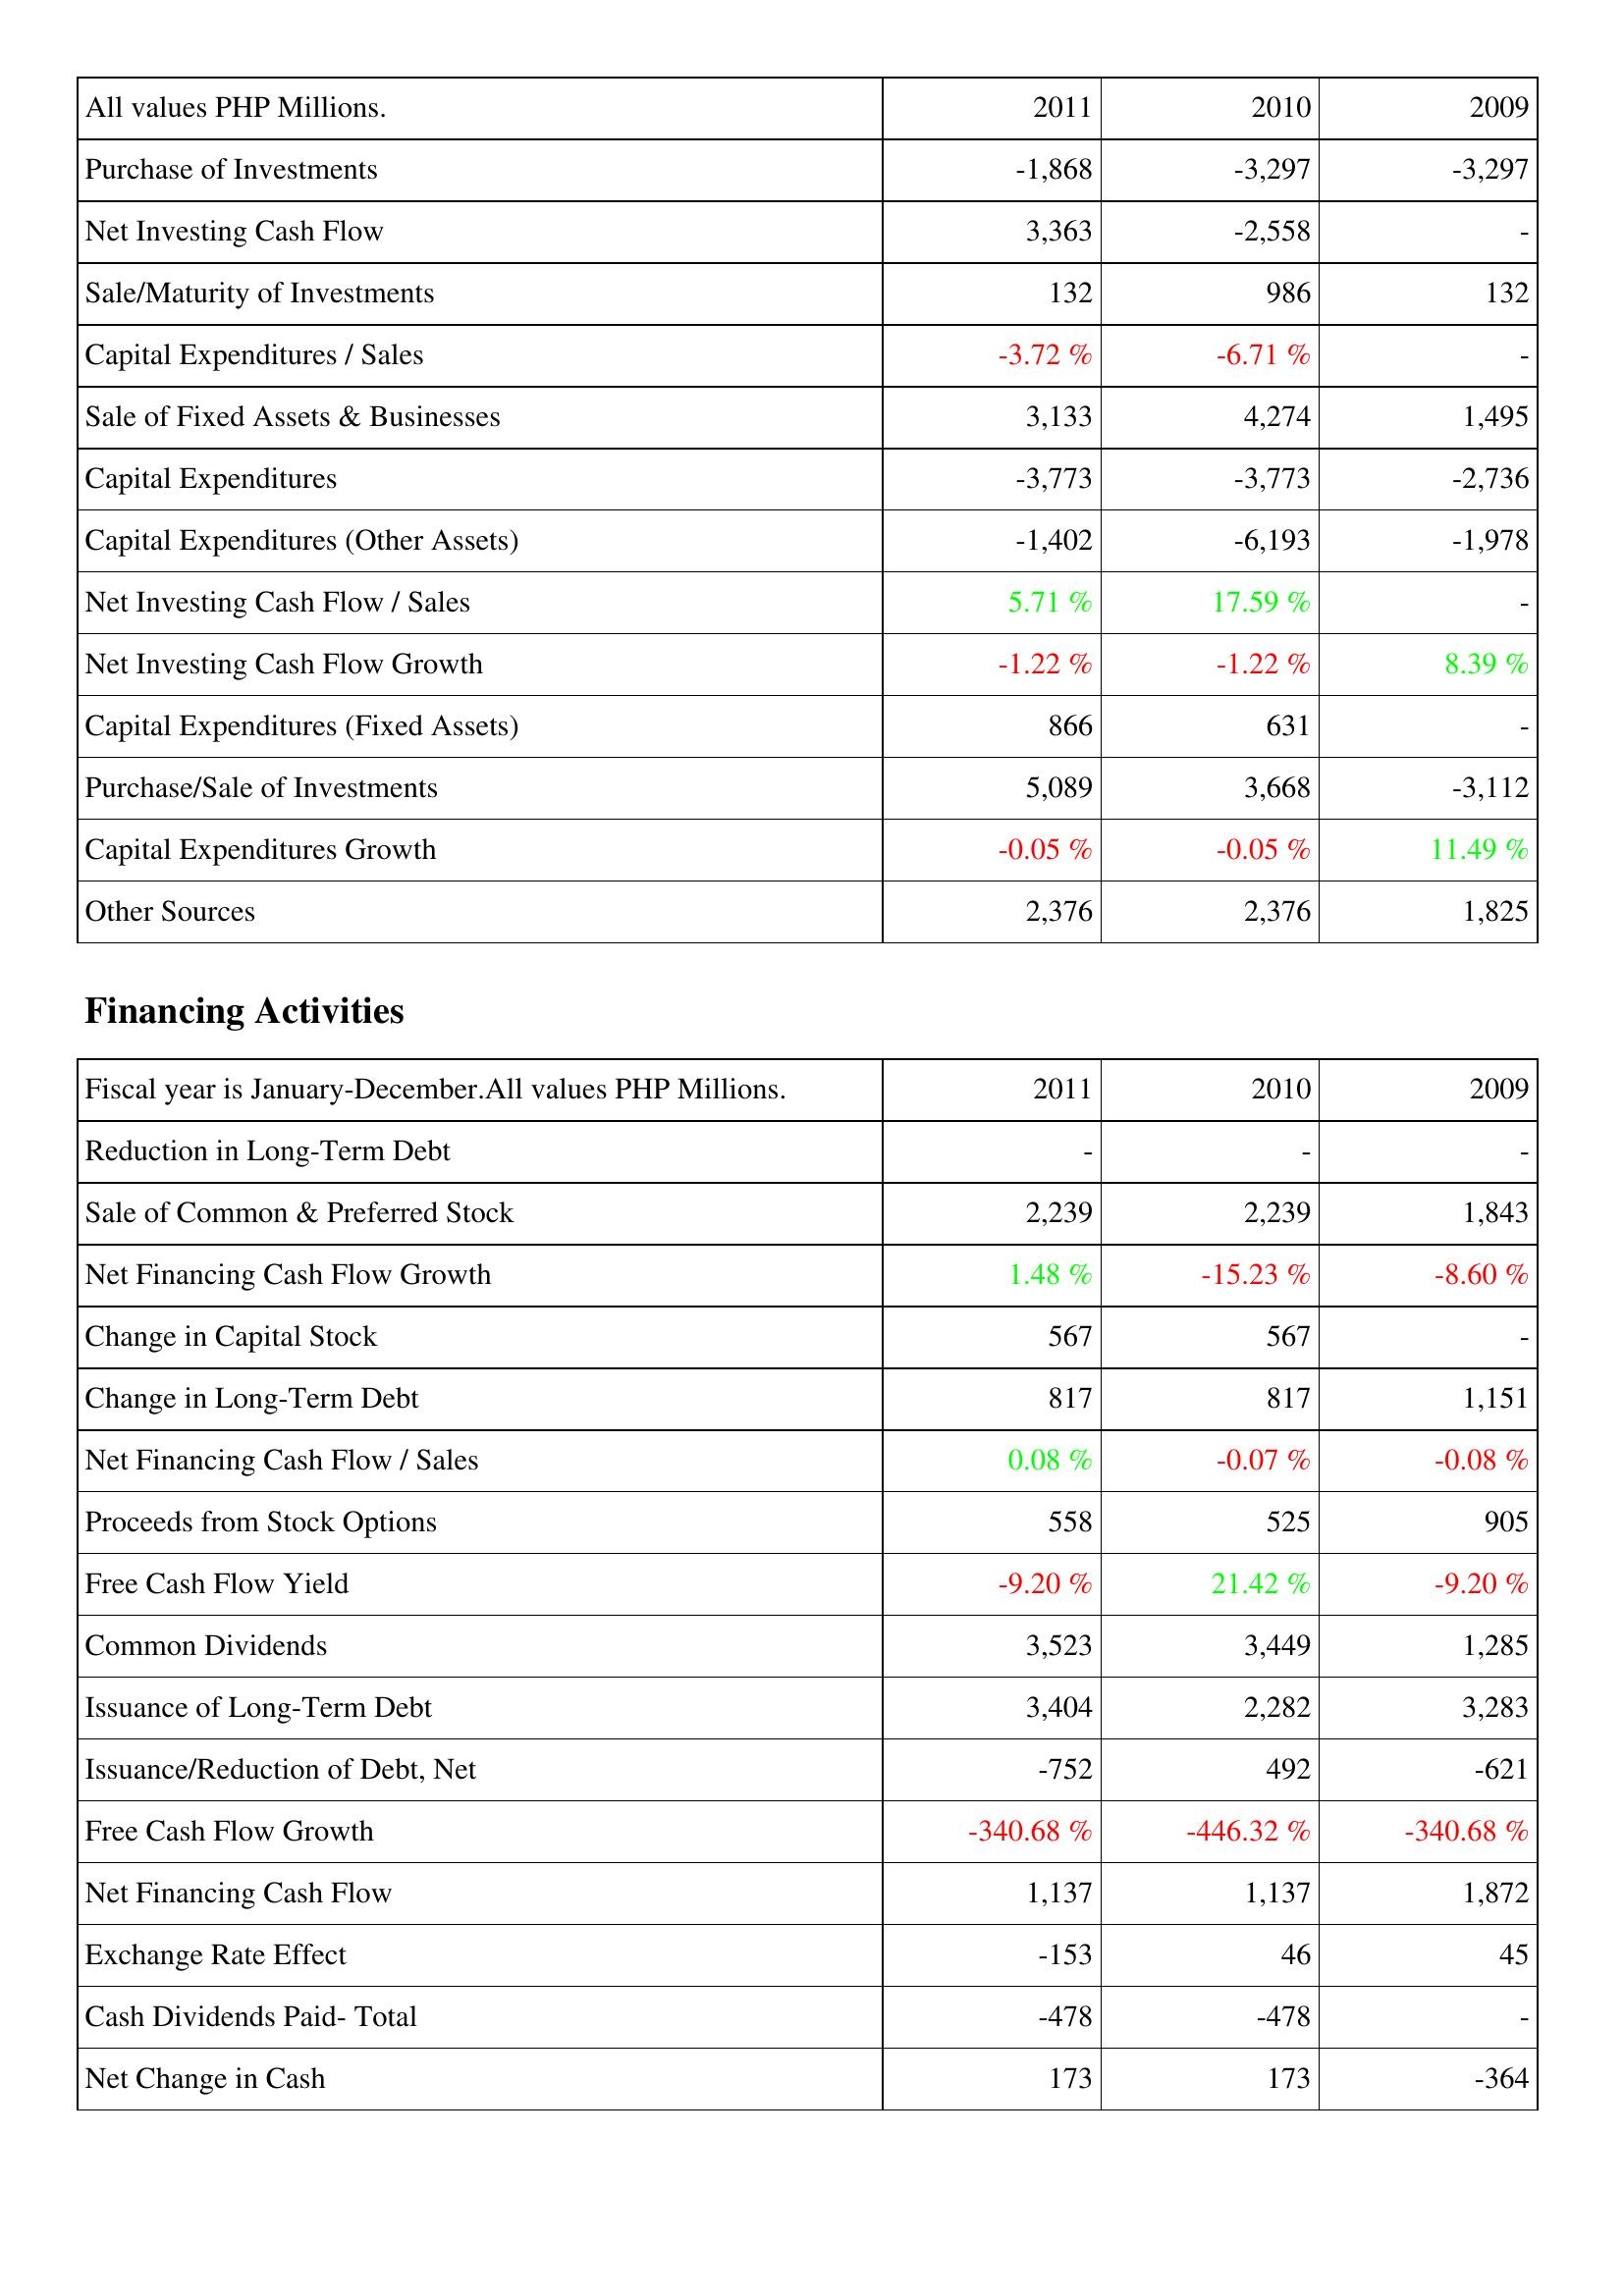
2011: Investing Activities: Purchase of Investments: -1,868
Net Investing Cash Flow: 3,363
Sale/Maturity of Investments: 132
Capital Expenditures / Sales: -3.72 %
Sale of Fixed Assets & Businesses: 3,133
Capital Expenditures: -3,773
Capital Expenditures (Other Assets): -1,402
Net Investing Cash Flow / Sales: 5.71 %
Net Investing Cash Flow Growth: -1.22 %
Capital Expenditures (Fixed Assets): 866
Purchase/Sale of Investments: 5,089
Capital Expenditures Growth: -0.05 %
Other Sources: 2,376
Financing Activities: Reduction in Long-Term Debt: -
Sale of Common & Preferred Stock: 2,239
Net Financing Cash Flow Growth: 1.48 %
Change in Capital Stock: 567
Change in Long-Term Debt: 817
Net Financing Cash Flow / Sales: 0.08 %
Proceeds from Stock Options: 558
Free Cash Flow Yield: -9.20 %
Common Dividends: 3,523
Issuance of Long-Term Debt: 3,404
Issuance/Reduction of Debt, Net: -752
Free Cash Flow Growth: -340.68 %
Net Financing Cash Flow: 1,137
Exchange Rate Effect: -153
Cash Dividends Paid- Total: -478
Net Change in Cash: 173
2010: Investing Activities: Purchase of Investments: -3,297
Net Investing Cash Flow: -2,558
Sale/Maturity of Investments: 986
Capital Expenditures / Sales: -6.71 %
Sale of Fixed Assets & Businesses: 4,274
Capital Expenditures: -3,773
Capital Expenditures (Other Assets): -6,193
Net Investing Cash Flow / Sales: 17.59 %
Net Investing Cash Flow Growth: -1.22 %
Capital Expenditures (Fixed Assets): 631
Purchase/Sale of Investments: 3,668
Capital Expenditures Growth: -0.05 %
Other Sources: 2,376
Financing Activities: Reduction in Long-Term Debt: -
Sale of Common & Preferred Stock: 2,239
Net Financing Cash Flow Growth: -15.23 %
Change in Capital Stock: 567
Change in Long-Term Debt: 817
Net Financing Cash Flow / Sales: -0.07 %
Proceeds from Stock Options: 525
Free Cash Flow Yield: 21.42 %
Common Dividends: 3,449
Issuance of Long-Term Debt: 2,282
Issuance/Reduction of Debt, Net: 492
Free Cash Flow Growth: -446.32 %
Net Financing Cash Flow: 1,137
Exchange Rate Effect: 46
Cash Dividends Paid- Total: -478
Net Change in Cash: 173
2009: Investing Activities: Purchase of Investments: -3,297
Net Investing Cash Flow: -
Sale/Maturity of Investments: 132
Capital Expenditures / Sales: -
Sale of Fixed Assets & Businesses: 1,495
Capital Expenditures: -2,736
Capital Expenditures (Other Assets): -1,978
Net Investing Cash Flow / Sales: -
Net Investing Cash Flow Growth: 8.39 %
Capital Expenditures (Fixed Assets): -
Purchase/Sale of Investments: -3,112
Capital Expenditures Growth: 11.49 %
Other Sources: 1,825
Financing Activities: Reduction in Long-Term Debt: -
Sale of Common & Preferred Stock: 1,843
Net Financing Cash Flow Growth: -8.60 %
Change in Capital Stock: -
Change in Long-Term Debt: 1,151
Net Financing Cash Flow / Sales: -0.08 %
Proceeds from Stock Options: 905
Free Cash Flow Yield: -9.20 %
Common Dividends: 1,285
Issuance of Long-Term Debt: 3,283
Issuance/Reduction of Debt, Net: -621
Free Cash Flow Growth: -340.68 %
Net Financing Cash Flow: 1,872
Exchange Rate Effect: 45
Cash Dividends Paid- Total: -
Net Change in Cash: -364